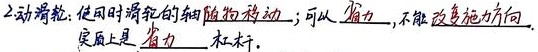
2)动滑轮：使用时滑轮的轴跟随移动；可以 省力，不能改变施力方向，
实质上是 省力 杠杆。